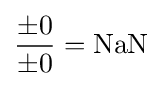
{\frac {\pm 0}{\pm 0}}={\mbox{NaN}}\,\!